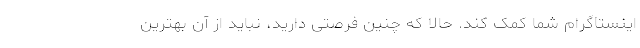
اینستاگرام شما کمک کند. حالا که چنین فرصتی دارید، نباید از آن بهترین